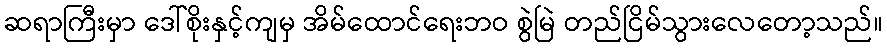
ဆရာကြီးမှာ ဒေါ်စိုးနှင့်ကျမှ အိမ်ထောင်ရေးဘဝ စွဲမြဲ တည်ငြိမ်သွားလေတော့သည်။